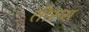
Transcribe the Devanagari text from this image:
तौरूस